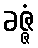
ခဇ္ဇံ